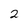
Character: 2